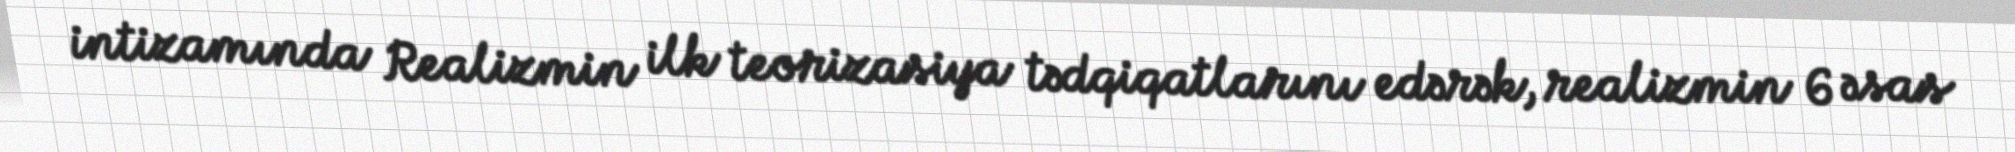
intizamında Realizmin ilk teorizasiya tədqiqatlarını edərək, realizmin 6 əsas